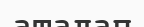
аталап